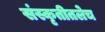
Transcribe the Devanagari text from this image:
संस्कृतीतलेच